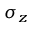
\sigma _ { z }